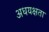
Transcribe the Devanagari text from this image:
अधयक्षता